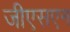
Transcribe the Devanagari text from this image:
जीएसएन